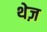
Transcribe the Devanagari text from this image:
थेज़